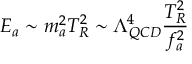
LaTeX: E _ { a } \sim m _ { a } ^ { 2 } T _ { R } ^ { 2 } \sim \Lambda _ { Q C D } ^ { 4 } { \frac { T _ { R } ^ { 2 } } { f _ { a } ^ { 2 } } }